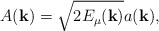
\begin{align*}A({\bf k}) = \sqrt{2E_\mu({\bf k})} a({\bf k}),\end{align*}